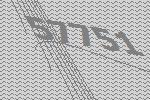
57751